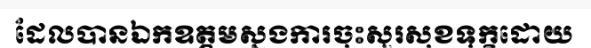
ដែលបានឯកឧត្តមស្នងការចុះសួរសុខទុក្ខដោយ